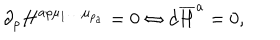
LaTeX: \partial _ { \rho } H ^ { a \rho \mu _ { 1 } \ldots \mu _ { p _ { a } } } = 0 \Leftrightarrow d \overline { { { H } } } ^ { a } = 0 ,